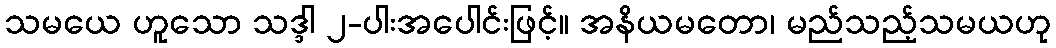
သမယေ ဟူသော သဒ္ဒါ ၂-ပါးအပေါင်းဖြင့်။ အနိယမတော၊ မည်သည့်သမယဟု